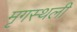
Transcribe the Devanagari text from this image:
मृगस्थली